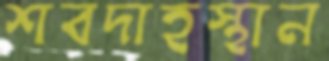
শবদাহস্থান